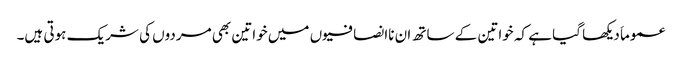
عموماَ دیکھا گیا ہے کہ خواتین کے ساتھ ان ناانصافیوں میں خواتین بھی مردوں کی شریک ہوتی ہیں۔